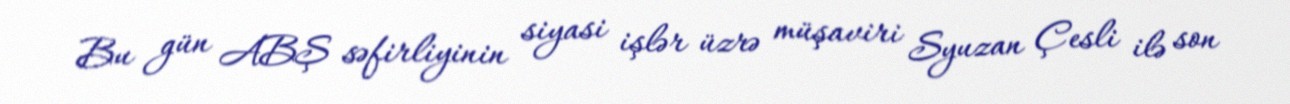
Bu gün ABŞ səfirliyinin siyasi işlər üzrə müşaviri Syuzan Çesli ilə son